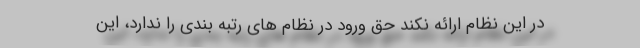
در این نظام ارائه نکند حق ورود در نظام های رتبه بندی را ندارد، این